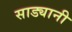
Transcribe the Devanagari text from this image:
साड्यानी